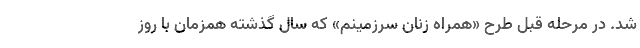
شد. در مرحله قبل طرح «همراه زنان سرزمینم» که سال گذشته همزمان با روز